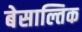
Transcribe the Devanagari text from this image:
बेसाल्तिक